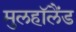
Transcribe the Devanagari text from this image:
मुलहॉलैंड